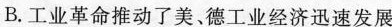
B. 工业革命推动了美、德工业经济迅速发展